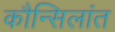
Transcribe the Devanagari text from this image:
कौन्सिलांत